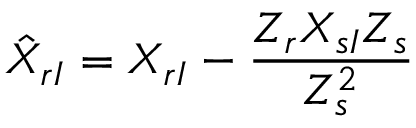
\hat { X } _ { r I } = X _ { r I } - { \frac { Z _ { r } X _ { s I } Z _ { s } } { Z _ { s } ^ { 2 } } }